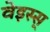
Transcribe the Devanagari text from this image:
वेइस्स्